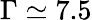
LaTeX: \Gamma\simeq 7.5